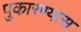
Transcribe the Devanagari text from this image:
पुकारण्यास